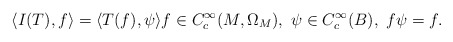
\begin{align*} \langle I(T) , f\rangle = \langle T(f) , \psi \rangle f\in C^\infty_{c}(M,\Omega_M),\ \psi\in C^\infty_c(B), \ f\psi = f. \end{align*}